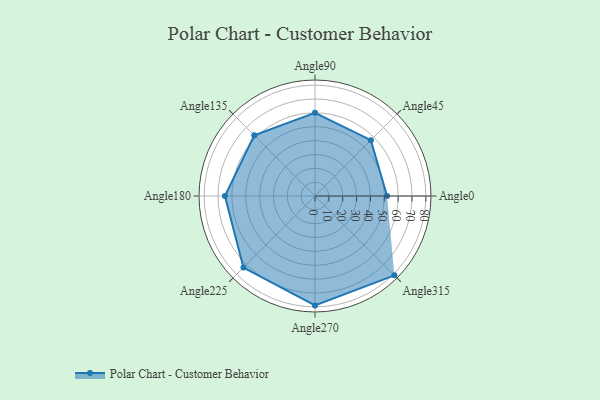
{"axis": {"x": "Angle", "y": "Radius"}, "legend": [""], "data": [{"x": "Angle0", "y": 52.0, "type": ""}, {"x": "Angle45", "y": 57.0, "type": ""}, {"x": "Angle90", "y": 60.0, "type": ""}, {"x": "Angle135", "y": 62.0, "type": ""}, {"x": "Angle180", "y": 65.0, "type": ""}, {"x": "Angle225", "y": 73.0, "type": ""}, {"x": "Angle270", "y": 79.0, "type": ""}, {"x": "Angle315", "y": 81.0, "type": ""}]}